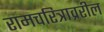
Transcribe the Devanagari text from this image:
रामचरित्राव्ररील